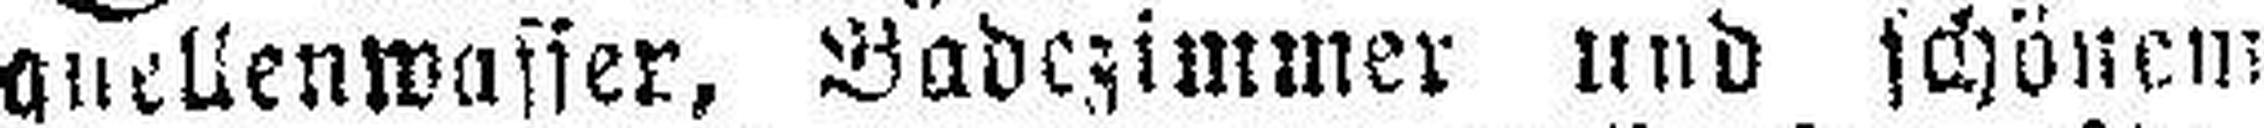
quellenwasser, Badezimmer und schönen: